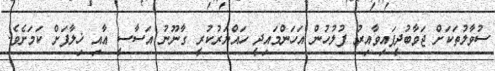
ސުވާލުތަކަށް ޖަވާބުދީފައިވާއިރު ފުލުހުން އަހަންމައިދީ ހައްޔަރުކުރީ ގާނޫނު އަސާސީ އާއި ޚިލާފަށް ކަމަށެވެ.